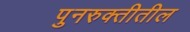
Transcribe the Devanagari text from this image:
पुनरुक्तीतील